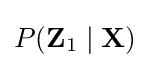
P(\mathbf {Z} _{1}\mid \mathbf {X} )